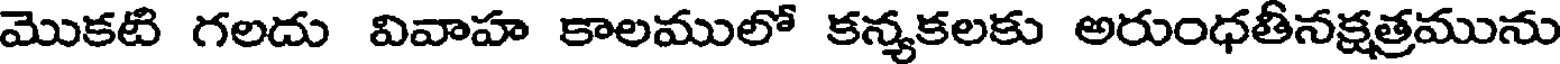
మొకటి గలదు వివాహ కాలములో కన్యకలకు అరుంధతీనక్షత్రమును